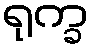
ရုက္ခ